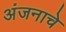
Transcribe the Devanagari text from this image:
अंजनाचे